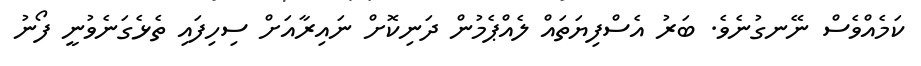
ކަމެއްވެސް ނޭނގުނެވެ. ބަރު އެސްފިޔަތައް ލެއްޕެމުން ދަނިކޮށް ނައިރާއަށް ސިހިފައި ތެޅެގަނެވުނީ ފޯނު